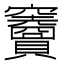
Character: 𥩐